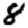
Digit: 8